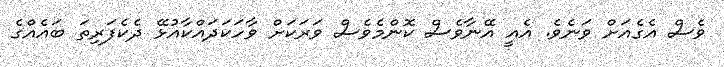
ވެސް އެގެއަށް ވަނެވެ. އެއީ އޭނާވެސް ކޮންމެވެސް ވަރަކަށް ވާހަކަދައްކާއުޅޭ ދެކެފަރިތަ ބައެއްގެ